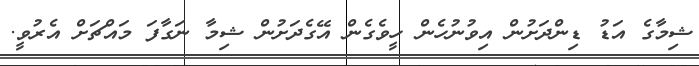
ޝިމާގެ އަޑު ޑިންދަށުން އިވުނުހެން ހީވެގެން އޭގެދަށުން ޝިމާ ނަގާފަ މައްޗަށް އެރުވީ.